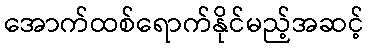
အောက်ထစ်ရောက်နိုင်မည့်အဆင့်